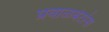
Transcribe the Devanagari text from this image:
प्रवाळबेटांना